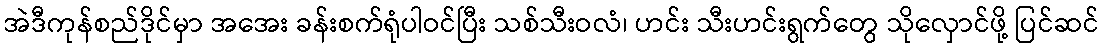
အဲဒီကုန်စည်ဒိုင်မှာ အအေး ခန်းစက်ရုံပါဝင်ပြီး သစ်သီးဝလံ၊ ဟင်း သီးဟင်းရွက်တွေ သိုလှောင်ဖို့ ပြင်ဆင်